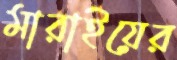
মারাইয়ের